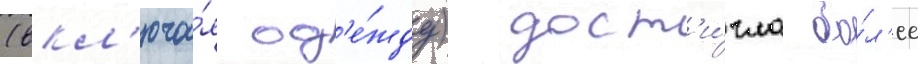
(вкл'юча́я од'е́жду) дост'и́гла бо́л'ее